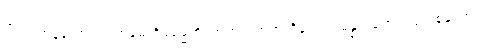
ငါးပါးကုန်သော။ ကတမေဟိဓမ္မေဟိ၊ အဘယ်တရာတို့နှင့်။ သမန္နာဂတော၊ ပြည့်စုံသော။